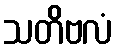
သတိဗလံ